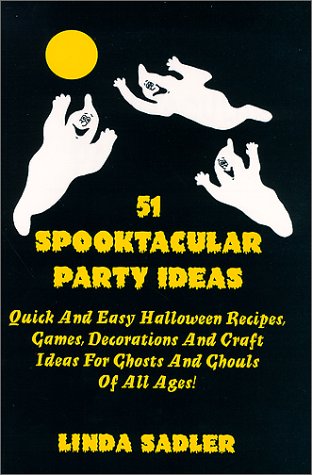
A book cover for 51 Spooktacular Party Ideas; Linda Sadler; Cookbooks, Food & Wine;